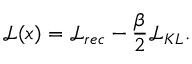
\mathcal { L } ( \boldsymbol { x } ) = \mathcal { L } _ { r e c } - \frac { \beta } { 2 } \mathcal { L } _ { K L } .